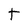
Character: t